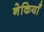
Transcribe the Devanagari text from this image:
नेकियाँ